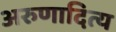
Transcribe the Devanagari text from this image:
अरुणादित्य